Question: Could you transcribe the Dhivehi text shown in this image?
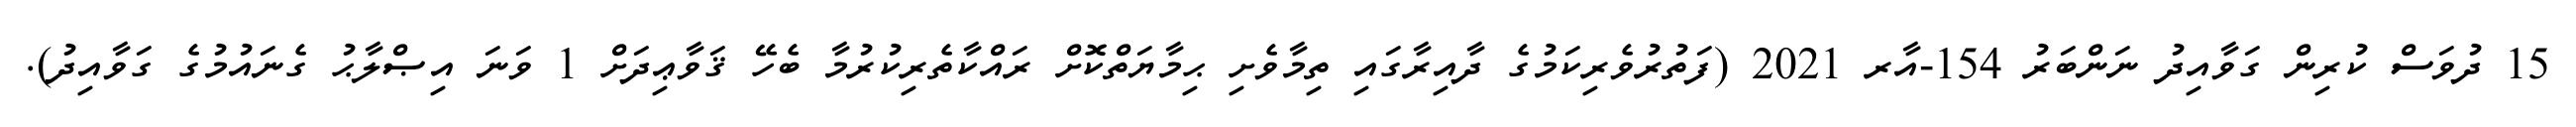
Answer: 15 ދުވަސް ކުރިން ގަވާއިދު ނަންބަރު 154-އާރ 2021 (ފަތުރުވެރިކަމުގެ ދާއިރާގައި ތިމާވެށި ޙިމާޔަތްކޮށް ރައްކާތެރިކުރުމާ ބެހޭ ޤަވާޢިދަށް 1 ވަނަ އިޞްލާޙު ގެނައުމުގެ ގަވާއިދު).